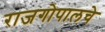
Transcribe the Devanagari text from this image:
राजगोपालचे